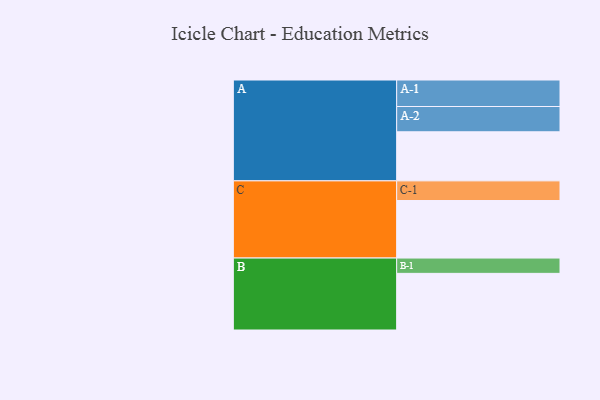
{"axis": {"x": "Segment", "y": "Value"}, "legend": ["", "A", "B", "C"], "data": [{"x": "A", "y": 487, "type": ""}, {"x": "B", "y": 562, "type": ""}, {"x": "C", "y": 571, "type": ""}, {"x": "A-1", "y": 263, "type": "A"}, {"x": "A-2", "y": 251, "type": "A"}, {"x": "B-1", "y": 152, "type": "B"}, {"x": "C-1", "y": 195, "type": "C"}]}